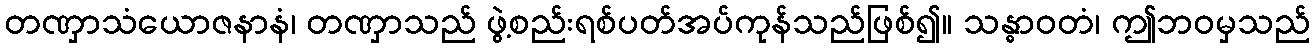
တဏှာသံယောဇနာနံ၊ တဏှာသည် ဖွဲ့စည်းရစ်ပတ်အပ်ကုန်သည်ဖြစ်၍။ သန္ဓာဝတံ၊ ဤဘဝမှသည်